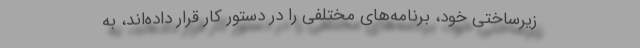
زیرساختی خود، برنامه‌های مختلفی را در دستور کار قرار داده‌اند، به